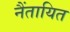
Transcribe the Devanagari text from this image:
नैंतायित